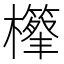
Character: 𣟣